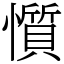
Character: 懫